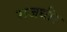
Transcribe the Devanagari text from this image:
राजधीर